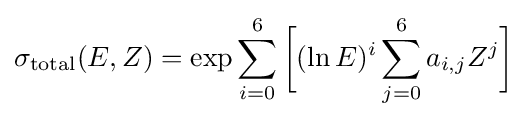
\sigma _{\text{total}}(E,Z)=\exp \sum _{i=0}^{6}{\biggl [}(\ln {E})^{i}\sum _{j=0}^{6}a_{i,j}Z^{j}{\biggr ]}